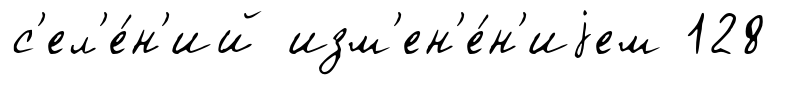
с'ел'е́н'ий изм'ен'е́н'иjем 128